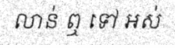
លាន់ ឮ ទៅ អស់